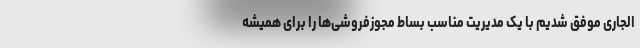
الجاری موفق شدیم با یک مدیریت مناسب بساط مجوزفروشی‌ها را برای همیشه